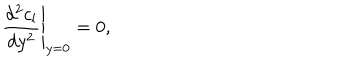
LaTeX: \left. { \frac { d ^ { 2 } c _ { l } } { d y ^ { 2 } } } \right| _ { y = 0 } = 0 ,